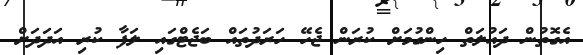
އެގޮތުން ދައުލަތް ހިންގުމަށް ކުރަން ޖެހޭ ހަރަދުތައް ބަޖެޓްގައި ލަފާ ކުރި އަދަދަށް